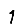
Digit: 1